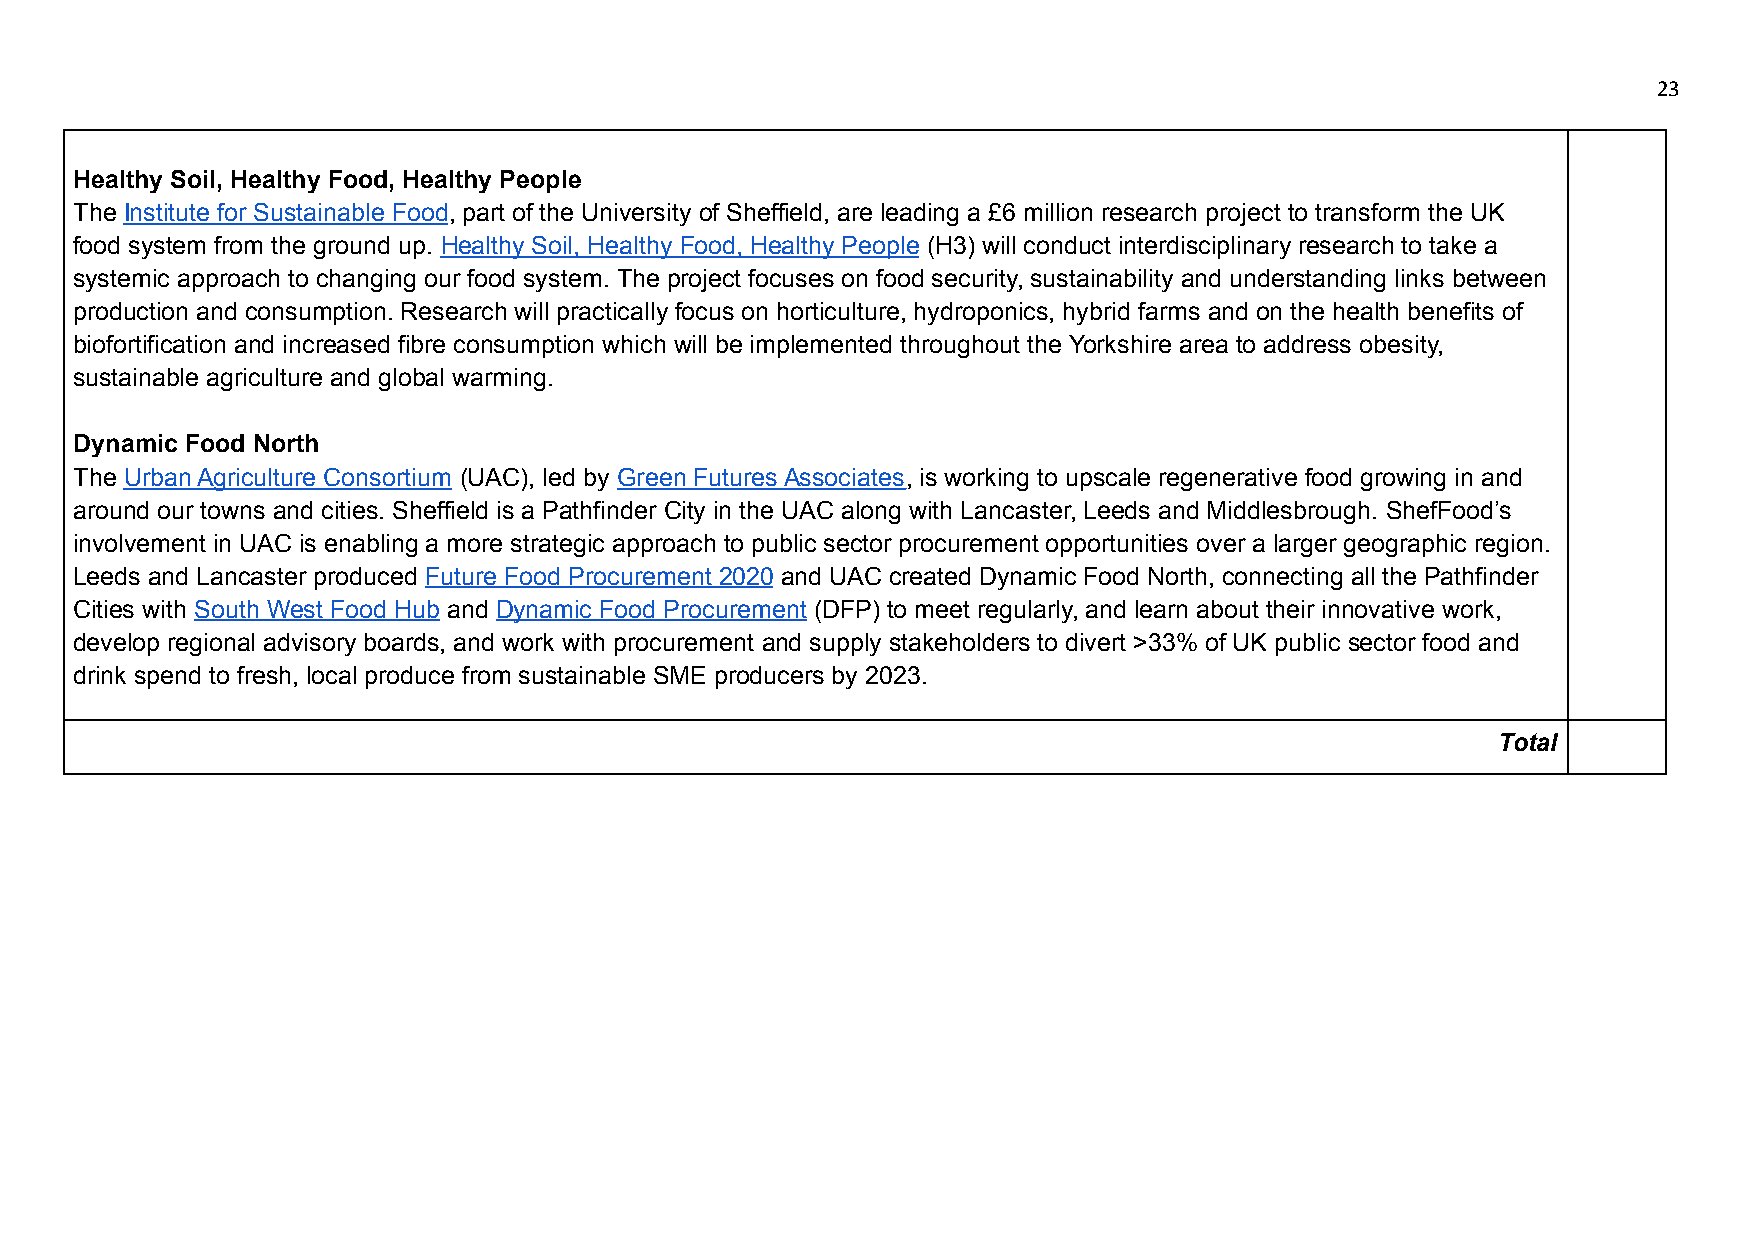
23
 Healthy Soil, Healthy Food, Healthy People
 The Institute for Sustainable Food, part of the University of Sheffield, are leading a £6 million research project to transform the UK
 food system from the ground up. Healthy Soil, Healthy Food, Healthy People (H3) will conduct interdisciplinary research to take a
 systemic approach to changing our food system. The project focuses on food security, sustainability and understanding links between
 production and consumption. Research will practically focus on horticulture, hydroponics, hybrid farms and on the health benefits of
 biofortification and increased fibre consumption which will be implemented throughout the Yorkshire area to address obesity,
 sustainable agriculture and global warming.
 Dynamic Food North
 The Urban Agriculture Consortium (UAC), led by Green Futures Associates, is working to upscale regenerative food growing in and
 around our towns and cities. Sheffield is a Pathfinder City in the UAC along with Lancaster, Leeds and Middlesbrough. ShefFood’s
 involvement in UAC is enabling a more strategic approach to public sector procurement opportunities over a larger geographic region.
 Leeds and Lancaster produced Future Food Procurement 2020 and UAC created Dynamic Food North, connecting all the Pathfinder
 Cities with South West Food Hub and Dynamic Food Procurement (DFP) to meet regularly, and learn about their innovative work,
 develop regional advisory boards, and work with procurement and supply stakeholders to divert >33% of UK public sector food and
 drink spend to fresh, local produce from sustainable SME producers by 2023.
 Total